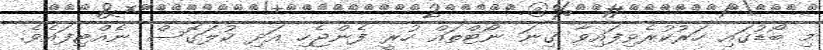
މި ބޯޑުގައި ހަރުކުރެވިފައިވާ ގިނަ ނޯޓްތައް ހުރީ ފެންޖެހި އަދި ކުލަގޮސް ނެއްޓިފައެވެ.